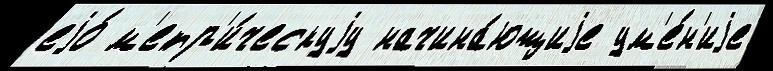
еjо́ м'етр'и́ческуjу начина́ющиjе ум'е́н'иjе